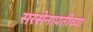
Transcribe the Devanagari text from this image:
सरसेनापतीच्या